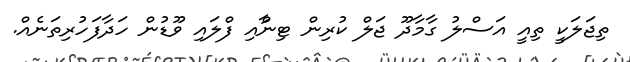
ތިޖަލަކީ ތިއީ އަސްލު ގާމާދޫ ޖަލް ކުރިން ޓިނާްއި ފްލައި ވޫޑުން ހަދާފަހުރިތަނެއް.